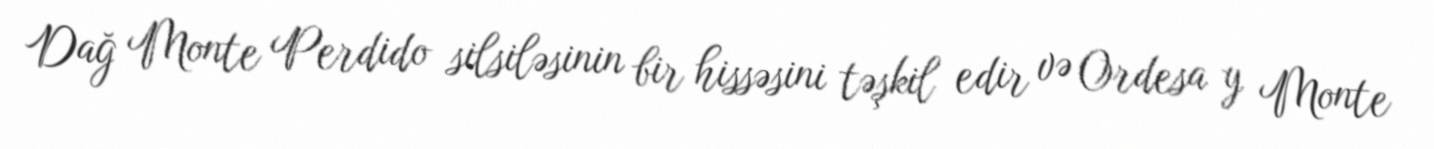
Dağ Monte Perdido silsiləsinin bir hissəsini təşkil edir və Ordesa y Monte